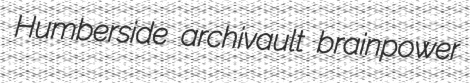
Humberside archivault brainpower